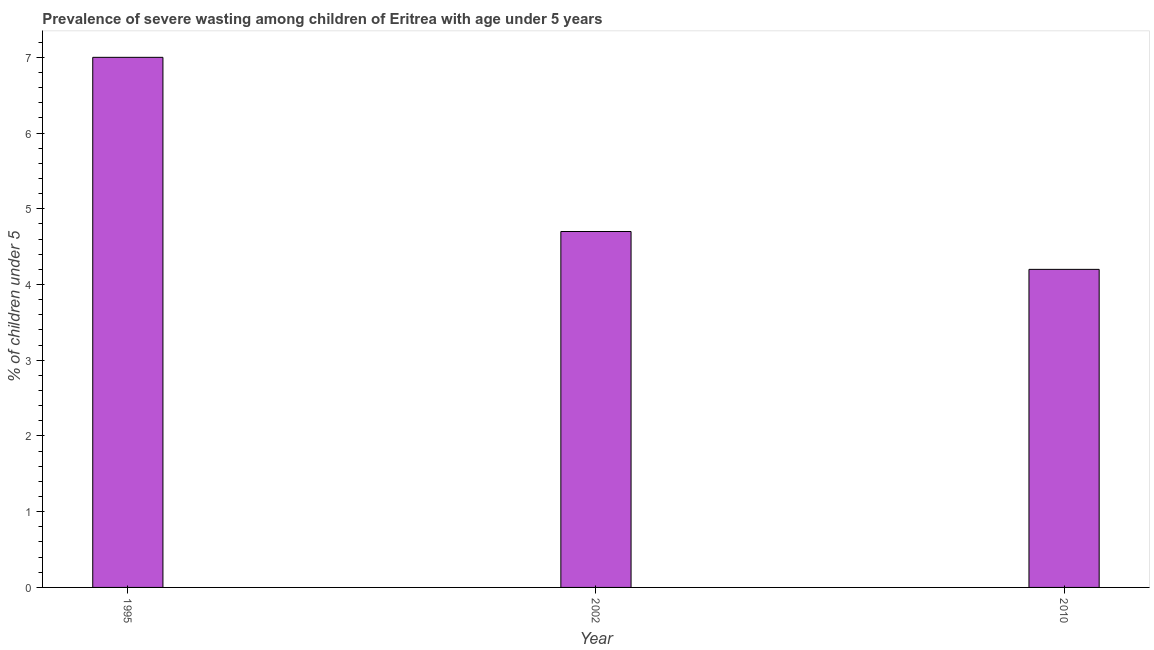
| Year | Prevalence of severe wasting |
 | --- | --- |
 | 1995 | 7 |
 | 2002 | 4.7 |
 | 2010 | 4.2 |